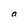
Character: a